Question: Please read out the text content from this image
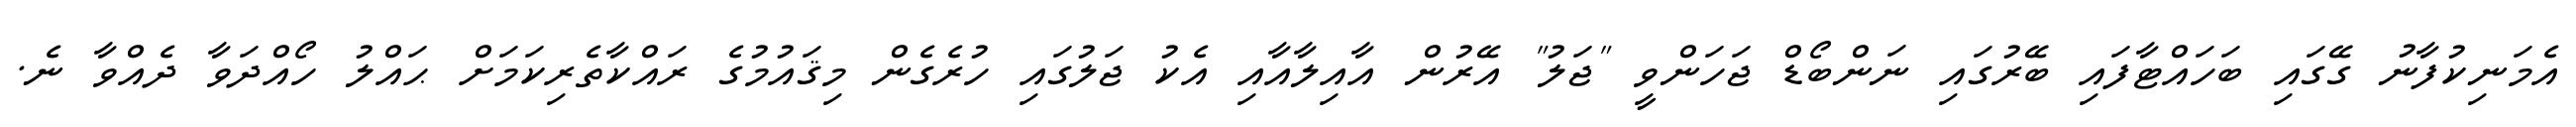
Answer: އެމަނިކުފާނު ގޭގައި ބަހައްޓާފައި ބޭރުގައި ނަންބޯޑް ޖަހަންވީ "ޖަލު" އޭރުން އާއިލާއާއި އެކު ޖަލުގައި ހުރެގެން މިޤައުމުގެ ރައްކާތެރިކަމަށް ޙައްލު ހޯއްދަވާ ދެއްވާ ނެ.